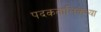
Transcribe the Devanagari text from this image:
पदकतालिकेच्या